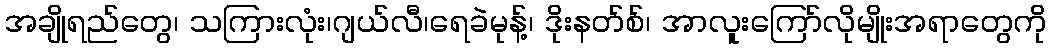
အချိုရည်တွေ၊ သကြားလုံး၊ဂျယ်လီ၊ရေခဲမုန့်၊ ဒိုးနတ်စ်၊ အာလူးကြော်လိုမျိုးအရာတွေကို